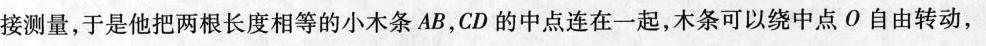
接测量，于是他把两根长度相等的小木条AB，CD的中点连在一起，木条可以绕中点O自由转动，